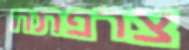
צרפתה